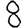
Digit: 8